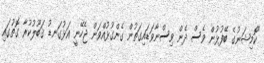
"ކޮމިޝަނުގެ ބޭފުޅުން ވެސް ދެން ވިސްނާވަޑައިގަތުން ގެންގުޅުއްވަން ޖެހޭނީ އަޅުގަނޑު ޤަބޫލުކުރާ ގޮތުގައި